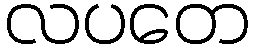
လပတေ